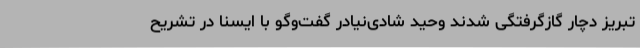
تبریز دچار گازگرفتگی شدند وحید شادی‌نیادر گفت‌وگو با ایسنا در تشریح